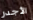
الأجدر